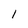
Character: l